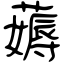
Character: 薅